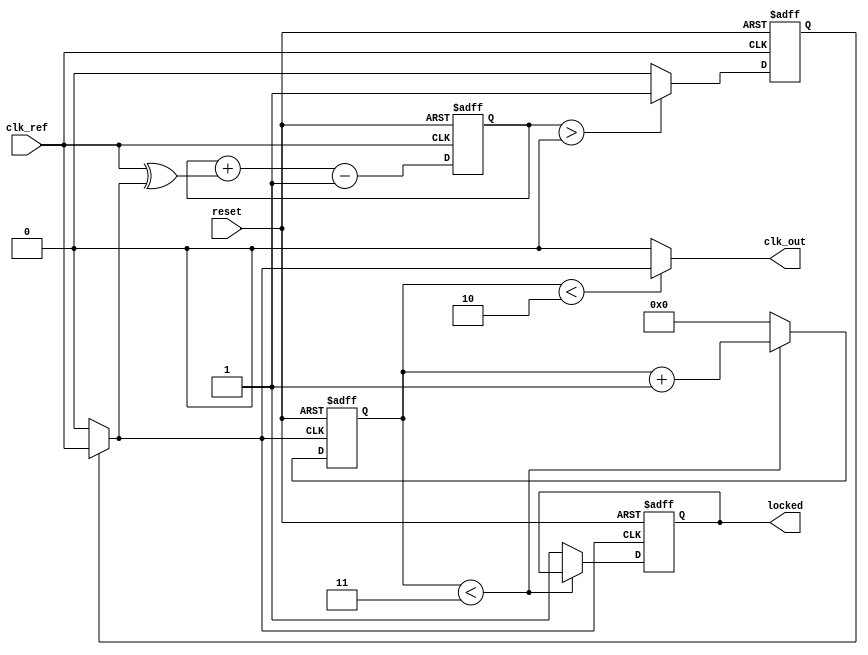
module Type2_PLL (
    input wire clk_ref,          // Reference clock input
    input wire reset,            // Active high reset
    output wire clk_out,         // Output clock
    output wire locked           // Lock indicator
);

    // Parameters for the PLL
    parameter DIV_RATIO = 4;     // Feedback divider ratio
    parameter VCO_MAX_FREQ = 100; // Maximum frequency for VCO

    // Internal signals
    wire phase_error;            // Phase error output from Phase Detector
    wire control_voltage;         // Control voltage output from Loop Filter
    wire vco_output;             // VCO output clock signal
    reg [31:0] feedback_divider;  // Feedback divider register
    reg vco_enable;              // VCO enable signal
    reg [31:0] vco_counter;      // VCO counter to generate output clock
    reg locked_internal;         // Internal lock signal

    // Phase Detector (PD)
    assign phase_error = clk_ref ^ vco_output; // Simple XOR as a phase detector

    // Loop Filter (LF) - Second-order filter
    // A simplified proportional-integral (PI) controller
    reg [15:0] lf_state;
    always @(posedge clk_ref or posedge reset) begin
        if (reset) begin
            lf_state <= 16'd0;
        end else begin
            // Simple loop filter implementation
            lf_state <= lf_state + phase_error - control_voltage;
        end
    end

    // Voltage-Controlled Oscillator (VCO)
    always @(posedge clk_ref or posedge reset) begin
        if (reset) begin
            vco_counter <= 32'd0;
            vco_enable <= 1'b0;
        end else if (lf_state > 0) begin
            vco_enable <= 1'b1;
            // VCO output generation
            if (vco_counter < (VCO_MAX_FREQ / DIV_RATIO)) begin
                vco_counter <= vco_counter + 1;
            end else begin
                vco_counter <= 32'd0;
            end
        end else begin
            vco_enable <= 1'b0;
        end
    end

    assign vco_output = vco_enable ? clk_ref : 1'b0; // VCO output based on enable signal

    // Feedback Divider
    always @(posedge vco_output or posedge reset) begin
        if (reset) begin
            feedback_divider <= 32'd0;
            locked_internal <= 1'b0;
        end else if (feedback_divider < DIV_RATIO - 1) begin
            feedback_divider <= feedback_divider + 1;
        end else begin
            feedback_divider <= 32'd0;
            locked_internal <= 1'b1; // Indicate that PLL is locked
        end
    end

    assign clk_out = (feedback_divider < DIV_RATIO / 2) ? vco_output : 1'b0; // Output clock generation
    assign locked = locked_internal; // Lock status output

endmodule